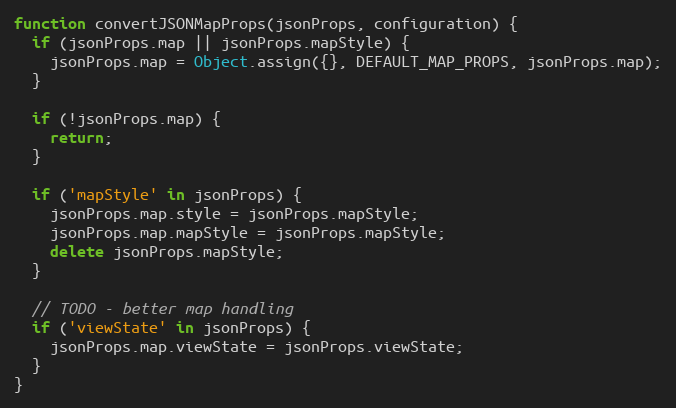
Language: JavaScript
function convertJSONMapProps(jsonProps, configuration) {
  if (jsonProps.map || jsonProps.mapStyle) {
    jsonProps.map = Object.assign({}, DEFAULT_MAP_PROPS, jsonProps.map);
  }

  if (!jsonProps.map) {
    return;
  }

  if ('mapStyle' in jsonProps) {
    jsonProps.map.style = jsonProps.mapStyle;
    jsonProps.map.mapStyle = jsonProps.mapStyle;
    delete jsonProps.mapStyle;
  }

  // TODO - better map handling
  if ('viewState' in jsonProps) {
    jsonProps.map.viewState = jsonProps.viewState;
  }
}